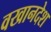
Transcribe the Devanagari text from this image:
वखानदेश